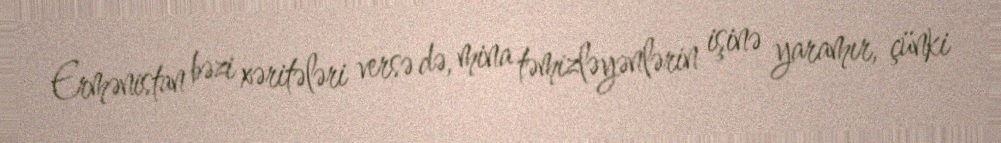
Ermənistan bəzi xəritələri versə də, mina təmizləyənlərin işinə yaramır, çünki